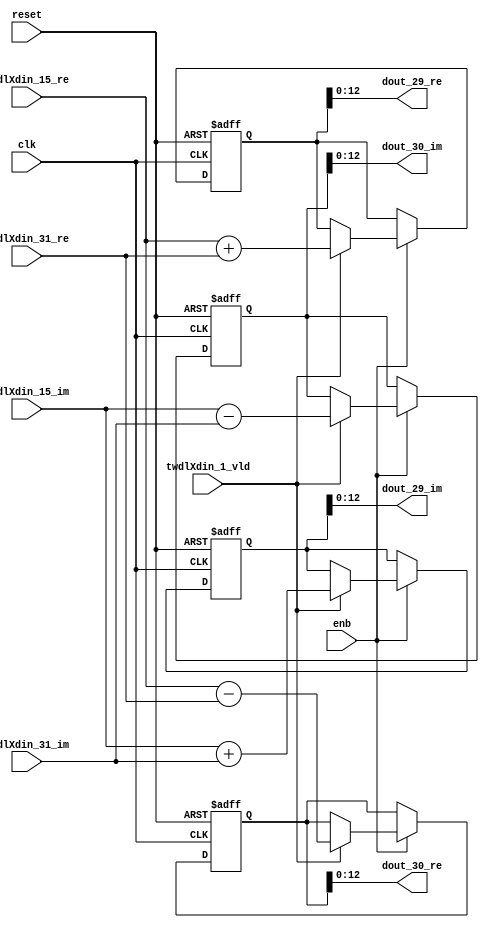
// -------------------------------------------------------------
// 
// 
// Generated by MATLAB 9.14 and HDL Coder 4.1
// 
// -------------------------------------------------------------


// -------------------------------------------------------------
// 
// Module: RADIX22FFT_SDNF1_1_block13
// Source Path: RSP/RSP/Velocity Processor/Doppler Processing/Doppler Processor/FFT/RADIX22FFT_SDNF1_1
// Hierarchy Level: 5
// 
// -------------------------------------------------------------

`timescale 1 ns / 1 ns

module RADIX22FFT_SDNF1_1_block13
          (clk,
           reset,
           enb,
           twdlXdin_15_re,
           twdlXdin_15_im,
           twdlXdin_31_re,
           twdlXdin_31_im,
           twdlXdin_1_vld,
           dout_29_re,
           dout_29_im,
           dout_30_re,
           dout_30_im);


  input   clk;
  input   reset;
  input   enb;
  input   signed [12:0] twdlXdin_15_re;  // sfix13_En10
  input   signed [12:0] twdlXdin_15_im;  // sfix13_En10
  input   signed [12:0] twdlXdin_31_re;  // sfix13_En10
  input   signed [12:0] twdlXdin_31_im;  // sfix13_En10
  input   twdlXdin_1_vld;
  output  signed [12:0] dout_29_re;  // sfix13_En10
  output  signed [12:0] dout_29_im;  // sfix13_En10
  output  signed [12:0] dout_30_re;  // sfix13_En10
  output  signed [12:0] dout_30_im;  // sfix13_En10


  reg signed [13:0] Radix22ButterflyG1_NF_btf1_re_reg;  // sfix14
  reg signed [13:0] Radix22ButterflyG1_NF_btf1_im_reg;  // sfix14
  reg signed [13:0] Radix22ButterflyG1_NF_btf2_re_reg;  // sfix14
  reg signed [13:0] Radix22ButterflyG1_NF_btf2_im_reg;  // sfix14
  reg  Radix22ButterflyG1_NF_dinXtwdl_vld_dly1;
  reg signed [13:0] Radix22ButterflyG1_NF_btf1_re_reg_next;  // sfix14_En10
  reg signed [13:0] Radix22ButterflyG1_NF_btf1_im_reg_next;  // sfix14_En10
  reg signed [13:0] Radix22ButterflyG1_NF_btf2_re_reg_next;  // sfix14_En10
  reg signed [13:0] Radix22ButterflyG1_NF_btf2_im_reg_next;  // sfix14_En10
  reg  Radix22ButterflyG1_NF_dinXtwdl_vld_dly1_next;
  reg signed [12:0] dout_29_re_1;  // sfix13_En10
  reg signed [12:0] dout_29_im_1;  // sfix13_En10
  reg signed [12:0] dout_30_re_1;  // sfix13_En10
  reg signed [12:0] dout_30_im_1;  // sfix13_En10
  reg  dout_29_vld;
  reg signed [13:0] Radix22ButterflyG1_NF_add_cast;  // sfix14_En10
  reg signed [13:0] Radix22ButterflyG1_NF_add_cast_0;  // sfix14_En10
  reg signed [13:0] Radix22ButterflyG1_NF_sub_cast;  // sfix14_En10
  reg signed [13:0] Radix22ButterflyG1_NF_sub_cast_0;  // sfix14_En10
  reg signed [13:0] Radix22ButterflyG1_NF_add_cast_1;  // sfix14_En10
  reg signed [13:0] Radix22ButterflyG1_NF_add_cast_2;  // sfix14_En10
  reg signed [13:0] Radix22ButterflyG1_NF_sub_cast_1;  // sfix14_En10
  reg signed [13:0] Radix22ButterflyG1_NF_sub_cast_2;  // sfix14_En10


  // Radix22ButterflyG1_NF
  always @(posedge clk or posedge reset)
    begin : Radix22ButterflyG1_NF_process
      if (reset == 1'b1) begin
        Radix22ButterflyG1_NF_btf1_re_reg <= 14'sb00000000000000;
        Radix22ButterflyG1_NF_btf1_im_reg <= 14'sb00000000000000;
        Radix22ButterflyG1_NF_btf2_re_reg <= 14'sb00000000000000;
        Radix22ButterflyG1_NF_btf2_im_reg <= 14'sb00000000000000;
        Radix22ButterflyG1_NF_dinXtwdl_vld_dly1 <= 1'b0;
      end
      else begin
        if (enb) begin
          Radix22ButterflyG1_NF_btf1_re_reg <= Radix22ButterflyG1_NF_btf1_re_reg_next;
          Radix22ButterflyG1_NF_btf1_im_reg <= Radix22ButterflyG1_NF_btf1_im_reg_next;
          Radix22ButterflyG1_NF_btf2_re_reg <= Radix22ButterflyG1_NF_btf2_re_reg_next;
          Radix22ButterflyG1_NF_btf2_im_reg <= Radix22ButterflyG1_NF_btf2_im_reg_next;
          Radix22ButterflyG1_NF_dinXtwdl_vld_dly1 <= Radix22ButterflyG1_NF_dinXtwdl_vld_dly1_next;
        end
      end
    end

  always @(Radix22ButterflyG1_NF_btf1_im_reg, Radix22ButterflyG1_NF_btf1_re_reg,
       Radix22ButterflyG1_NF_btf2_im_reg, Radix22ButterflyG1_NF_btf2_re_reg,
       Radix22ButterflyG1_NF_dinXtwdl_vld_dly1, twdlXdin_15_im, twdlXdin_15_re,
       twdlXdin_1_vld, twdlXdin_31_im, twdlXdin_31_re) begin
    Radix22ButterflyG1_NF_add_cast = 14'sb00000000000000;
    Radix22ButterflyG1_NF_add_cast_0 = 14'sb00000000000000;
    Radix22ButterflyG1_NF_sub_cast = 14'sb00000000000000;
    Radix22ButterflyG1_NF_sub_cast_0 = 14'sb00000000000000;
    Radix22ButterflyG1_NF_add_cast_1 = 14'sb00000000000000;
    Radix22ButterflyG1_NF_add_cast_2 = 14'sb00000000000000;
    Radix22ButterflyG1_NF_sub_cast_1 = 14'sb00000000000000;
    Radix22ButterflyG1_NF_sub_cast_2 = 14'sb00000000000000;
    Radix22ButterflyG1_NF_btf1_re_reg_next = Radix22ButterflyG1_NF_btf1_re_reg;
    Radix22ButterflyG1_NF_btf1_im_reg_next = Radix22ButterflyG1_NF_btf1_im_reg;
    Radix22ButterflyG1_NF_btf2_re_reg_next = Radix22ButterflyG1_NF_btf2_re_reg;
    Radix22ButterflyG1_NF_btf2_im_reg_next = Radix22ButterflyG1_NF_btf2_im_reg;
    Radix22ButterflyG1_NF_dinXtwdl_vld_dly1_next = twdlXdin_1_vld;
    if (twdlXdin_1_vld) begin
      Radix22ButterflyG1_NF_add_cast = {twdlXdin_15_re[12], twdlXdin_15_re};
      Radix22ButterflyG1_NF_add_cast_0 = {twdlXdin_31_re[12], twdlXdin_31_re};
      Radix22ButterflyG1_NF_btf1_re_reg_next = Radix22ButterflyG1_NF_add_cast + Radix22ButterflyG1_NF_add_cast_0;
      Radix22ButterflyG1_NF_sub_cast = {twdlXdin_15_re[12], twdlXdin_15_re};
      Radix22ButterflyG1_NF_sub_cast_0 = {twdlXdin_31_re[12], twdlXdin_31_re};
      Radix22ButterflyG1_NF_btf2_re_reg_next = Radix22ButterflyG1_NF_sub_cast - Radix22ButterflyG1_NF_sub_cast_0;
      Radix22ButterflyG1_NF_add_cast_1 = {twdlXdin_15_im[12], twdlXdin_15_im};
      Radix22ButterflyG1_NF_add_cast_2 = {twdlXdin_31_im[12], twdlXdin_31_im};
      Radix22ButterflyG1_NF_btf1_im_reg_next = Radix22ButterflyG1_NF_add_cast_1 + Radix22ButterflyG1_NF_add_cast_2;
      Radix22ButterflyG1_NF_sub_cast_1 = {twdlXdin_15_im[12], twdlXdin_15_im};
      Radix22ButterflyG1_NF_sub_cast_2 = {twdlXdin_31_im[12], twdlXdin_31_im};
      Radix22ButterflyG1_NF_btf2_im_reg_next = Radix22ButterflyG1_NF_sub_cast_1 - Radix22ButterflyG1_NF_sub_cast_2;
    end
    dout_29_re_1 = Radix22ButterflyG1_NF_btf1_re_reg[12:0];
    dout_29_im_1 = Radix22ButterflyG1_NF_btf1_im_reg[12:0];
    dout_30_re_1 = Radix22ButterflyG1_NF_btf2_re_reg[12:0];
    dout_30_im_1 = Radix22ButterflyG1_NF_btf2_im_reg[12:0];
    dout_29_vld = Radix22ButterflyG1_NF_dinXtwdl_vld_dly1;
  end



  assign dout_29_re = dout_29_re_1;

  assign dout_29_im = dout_29_im_1;

  assign dout_30_re = dout_30_re_1;

  assign dout_30_im = dout_30_im_1;

endmodule  // RADIX22FFT_SDNF1_1_block13